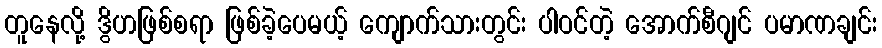
တူနေလို့ ဒွိဟဖြစ်စရာ ဖြစ်ခဲ့ပေမယ့် ကျောက်သားတွင်း ပါဝင်တဲ့ အောက်စီဂျင် ပမာဏချင်း